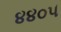
૪૪૦૫